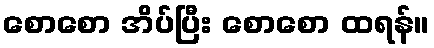
စောစော အိပ်ပြီး စောစော ထရန်။